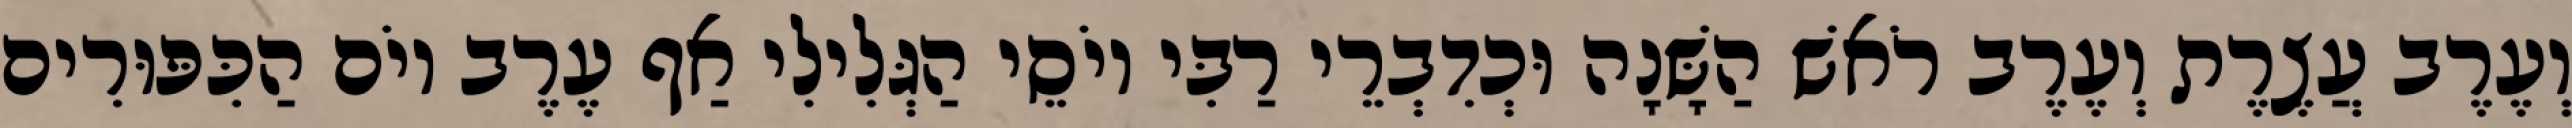
וְעֶרֶב עֲצֶרֶת וְעֶרֶב רֹאשׁ הַשָּׁנָה וּכְדִבְרֵי רַבִּי יוֹסֵי הַגְּלִילִי אַף עֶרֶב יוֹם הַכִּפּוּרִים